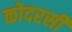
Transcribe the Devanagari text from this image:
कोदरसी